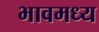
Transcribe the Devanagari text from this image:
भावमध्य